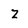
Character: z